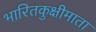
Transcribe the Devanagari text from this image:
भारितकुक्षीमाता